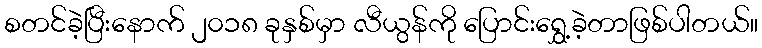
စတင်ခဲ့ပြီးနောက် ၂၀၁၈ ခုနှစ်မှာ လီယွန်ကို ပြောင်းရွှေ့ခဲ့တာဖြစ်ပါတယ်။